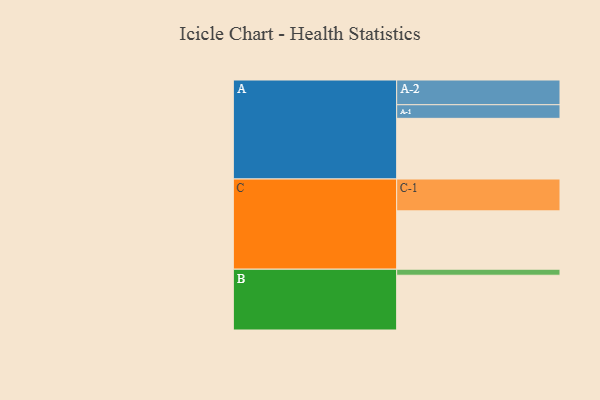
{"axis": {"x": "Segment", "y": "Value"}, "legend": ["", "A", "B", "C"], "data": [{"x": "A", "y": 503, "type": ""}, {"x": "B", "y": 454, "type": ""}, {"x": "C", "y": 484, "type": ""}, {"x": "A-1", "y": 113, "type": "A"}, {"x": "A-2", "y": 205, "type": "A"}, {"x": "B-1", "y": 50, "type": "B"}, {"x": "C-1", "y": 264, "type": "C"}]}